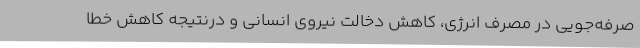
صرفه‌جویی در مصرف انرژی، کاهش دخالت نیروی انسانی و درنتیجه کاهش خطا